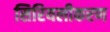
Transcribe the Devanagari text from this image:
सिरियलीकरण